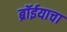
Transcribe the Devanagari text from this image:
ब्रॉईयाचा